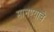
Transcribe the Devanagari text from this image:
मानण्याचे